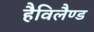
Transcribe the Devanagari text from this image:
हैविलैण्ड